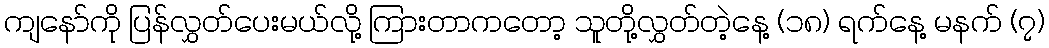
ကျနော်ကို ပြန်လွှတ်ပေးမယ်လို့ ကြားတာကတော့ သူတို့လွှတ်တဲ့နေ့ (၁၈) ရက်နေ့ မနက် (၇)